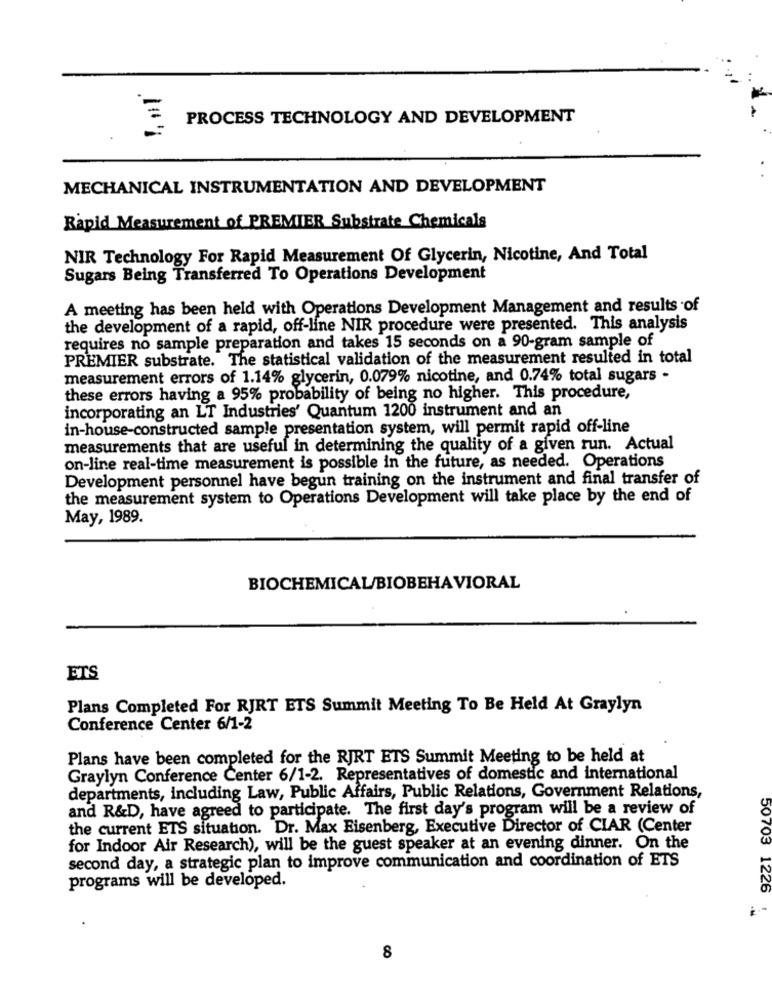
PROCESS TECHNOLOGY AND DEVELOPMENT
MECHANICAL INSTRUMENTATION AND DEVELOPMENT
Rapid Measurement of PREMIER Substrate Chemicals
NIR Technology For Rapid Measurement Of Glycerin, Nicotine, And Total
Sugars Being Transferred To Operations Development
A meeting has been held with Operations Development Management and results of
the development of a rapid, off-line NIR procedure were presented. This analysis
requires no sample preparation and takes 15 seconds on a 90-gram sample of
PREMIER substrate. The statistical validation of the measurement resulted in total
measurement errors of 1.14% glycerin, 0.079% nicotine, and 0.74% total sugars -
these errors having a 95% probability of being no higher. This procedure,
incorporating an LT Industries' Quantum 1200 instrument and an
in-house-constructed sample presentation system, will permit rapid off-line
measurements that are useful in determining the quality of a given run. Actual
on-line real-time measurement is possible in the future, as needed. Operations
Development personnel have begun training on the instrument and final transfer of
the measurement system to Operations Development will take place by the end of
May, 1989.
BIOCHEMICAL/BIOBEHAVIORAL
ETS
Plans Completed For RJRT ETS Summit Meeting To Be Held At Graylyn
Conference Center 6/1-2
Plans have been completed for the RJRT ETS Summit Meeting to be held at
Graylyn Conference Center 6/1-2. Representatives of domestic and international
departments, including Law, Public Affairs, Public Relations, Government Relations,
and R&D, have agreed to participate. The first day's program will be a review of
the current ETS situation. Dr. Max Eisenberg, Executive Director of CIAR (Center
for Indoor Air Research), will be the guest speaker at an evening dinner. On the
second day, a strategic plan to improve communication and coordination of ETS
programs will be developed.
50703 1226
8